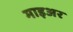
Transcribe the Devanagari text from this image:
माइअर